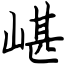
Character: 嵁